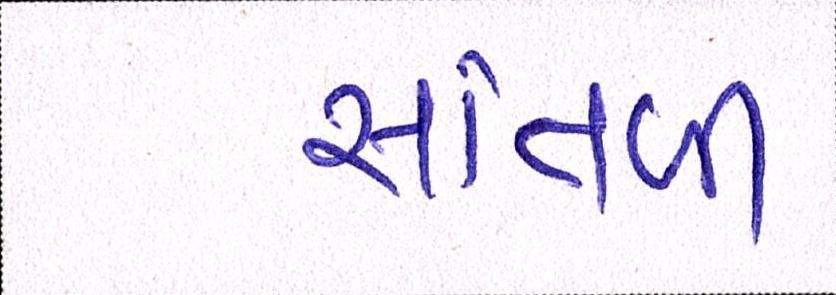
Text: સાંતળી